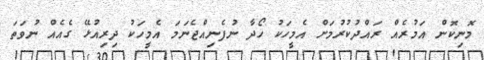
މޮނިކޮން އަމުރެއް ރައްދުކުރުމަށް އެމީހަކު ހޯދާ ނުފެނިއްޖެނަމަ އެމީހަކު ދިރިއުޅޭ ގެއެއް ނުވަތަ